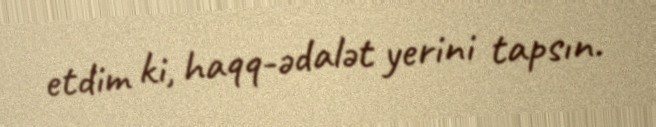
etdim ki, haqq-ədalət yerini tapsın.